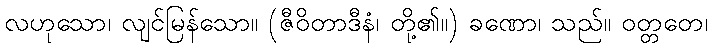
လဟုသော၊ လျင်မြန်သော။ (ဇီဝိတာဒီနံ၊ တို့၏။) ခဏော၊ သည်။ ဝတ္တတေ၊